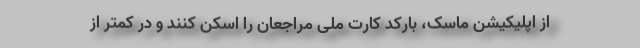
از اپلیکیشن ماسک، بارکد کارت ملی مراجعان را اسکن کنند و در کمتر از